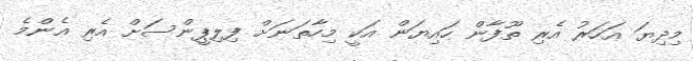
މިދިޔަ އަހަރު އެރި ތޫފާން ހައިޔަން އަކީ މިހާތަނަށް ފިލިޕީންސަށް އެރި އެންމެ